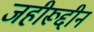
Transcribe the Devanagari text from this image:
जहीरूद्दीन